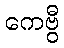
ကေဗွီ